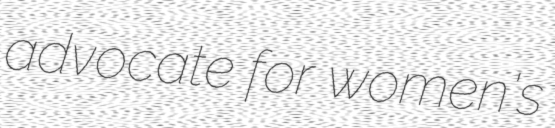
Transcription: advocate for women's